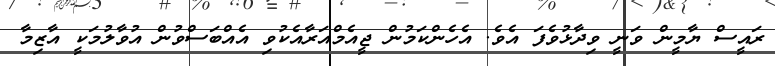
ރައީސް ޔާމީން ވަނީ ވިދާޅުވެފަ އެވެ. އެހެންކަމުން ޖީއެމްއަރާއެކުވި އެއްބަސްވުން އުވާލުމަކީ އާޒިމާ